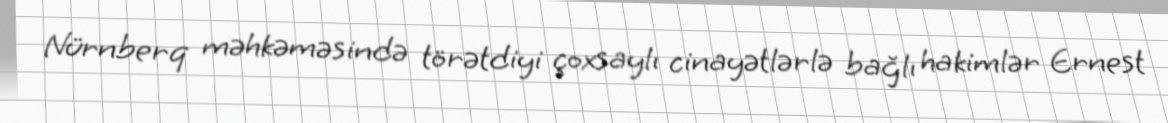
Nürnberq məhkəməsində törətdiyi çoxsaylı cinayətlərlə bağlı hakimlər Ernest